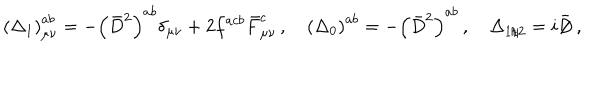
\left( \Delta _ { 1 } \right) _ { \mu \nu } ^ { a b } = - \left( \bar { D } ^ { 2 } \right) ^ { a b } \delta _ { \mu \nu } + 2 f ^ { a c b } \bar { F } _ { \mu \nu } ^ { c } \, , \quad \left( \Delta _ { 0 } \right) ^ { a b } = - \left( \bar { D } ^ { 2 } \right) ^ { a b } \, , \quad \Delta _ { 1 / 2 } = i \bar { \, / \hspace { - 0 . 2 9 c m } D } \, ,